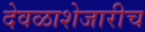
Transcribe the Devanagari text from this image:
देवळाशेजारीच